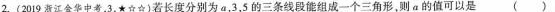
2.(2019新江华中考，3，*☆☆)若长度分别为a，3，5的三条线段能组成一个三角形，则α的值可以是( )